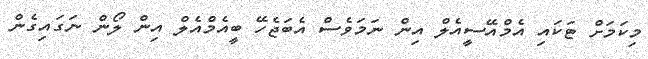
މިކަމަށް ޓަކައި އެމްއޭސީއެލް އިން ނަމަވެސް އެބަޖެހޭ ބީއެމްއެލް އިން ލޯން ނަގައިގެން